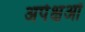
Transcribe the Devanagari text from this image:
अपेक्षओं